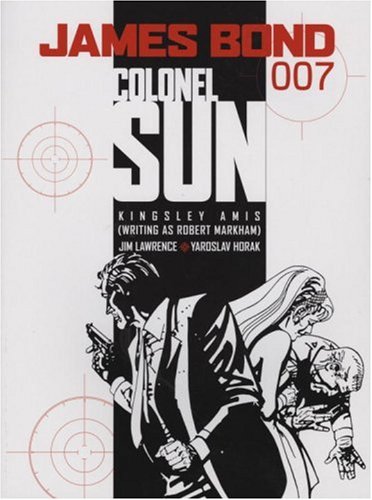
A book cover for James Bond: Colonel Sun (James Bond 007 (Titan Books)); Kingsley Amis; Comics & Graphic Novels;